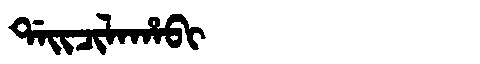
Manchu: ᡩᠠᡳᠴᡳᠯᠠᡥᠠᠪᡳ
Romanization: DAICILAHABI